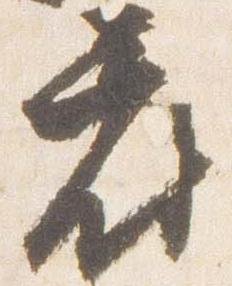
府